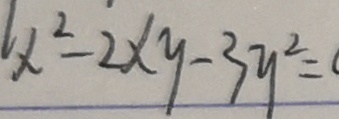
l x ^ { 2 } - 2 x y - 3 y ^ { 2 } =